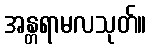
အန္တရာမလသုတ်။